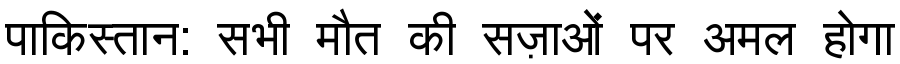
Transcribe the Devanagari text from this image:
पाकिस्तान: सभी मौत की सज़ाओं पर अमल होगा